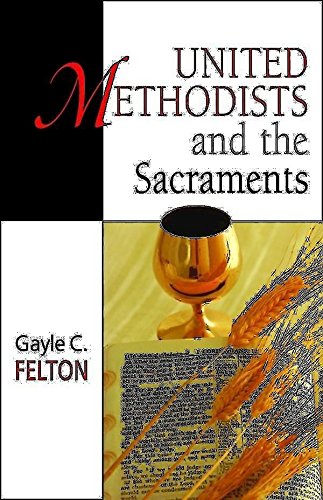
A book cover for United Methodists and the Sacraments; Gayle C. Felton; Christian Books & Bibles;